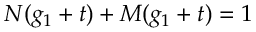
N ( g _ { 1 } + t ) + M ( g _ { 1 } + t ) = 1